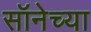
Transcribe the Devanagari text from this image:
सॉनेच्या